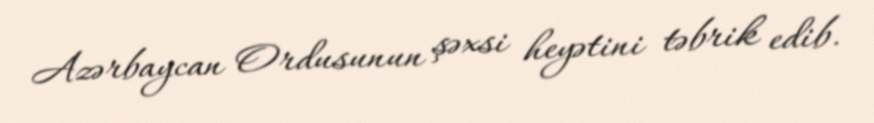
Azərbaycan Ordusunun şəxsi heyətini təbrik edib.